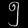
Digit: ၅